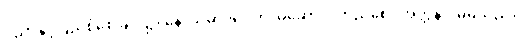
ပညာနှင့်ပြည့်စုံစေခြင်း၌။ နောသမာဒပေတိ၊ မဆောက်တည်စေ။ အတ္တနာ၊ မိမိသည်။